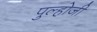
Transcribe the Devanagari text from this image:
पुल्होजी